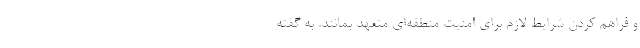
و فراهم کردن شرایط لازم برای امنیت منطقه‌ای متعهد بمانند. به گفته